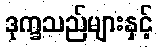
ဒုက္ခသည်များနှင့်